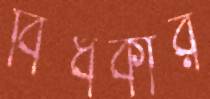
বিঁধকার